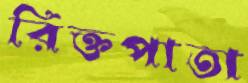
রিক্তপাতা